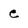
Character: e